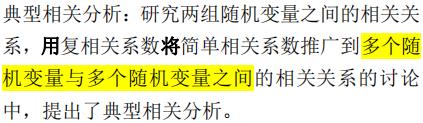
典型相关分析：研究两组随机变量之间的相关关系，用复相关系数将简单相关系数推广到多个随机变量与多个随机变量之间的相关关系的讨论中，提出了典型相关分析。